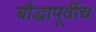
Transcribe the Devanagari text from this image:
बौद्धापूर्वीच